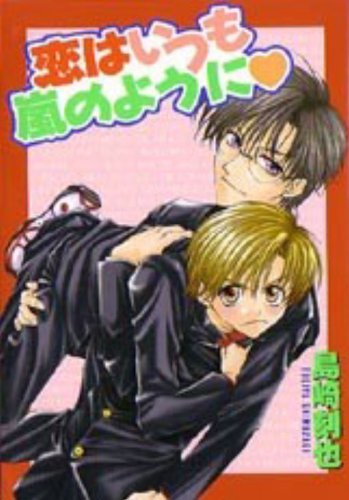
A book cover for Love Is Like A Hurricane Volume 1 (Yaoi) (v. 1); Tokiya Shimazaki; Comics & Graphic Novels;